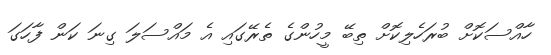
ހާއްސަކޮށް ބުރަހެލިކޮށް ތިބޭ މީހުންގެ ތެރޭގައި އެ މައްސަލަ ގިނަ ކަން ފާހަގަ